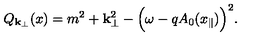
Q _ { { \bf k } _ { \perp } } ( x ) = m ^ { 2 } + { \bf k } _ { \perp } ^ { 2 } - \Bigl ( \omega - q A _ { 0 } ( x _ { \parallel } ) \Bigr ) ^ { 2 } .